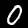
Digit: 0